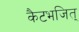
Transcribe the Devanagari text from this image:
कैटभजित्